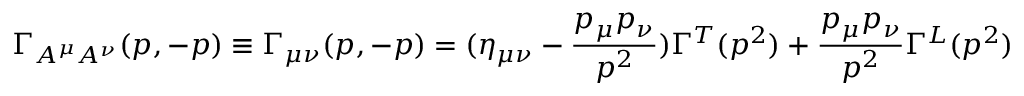
\Gamma _ { A ^ { \mu } A ^ { \nu } } ( p , - p ) \equiv \Gamma _ { \mu \nu } ( p , - p ) = ( \eta _ { \mu \nu } - \frac { p _ { \mu } p _ { \nu } } { p ^ { 2 } } ) \Gamma ^ { T } ( p ^ { 2 } ) + \frac { p _ { \mu } p _ { \nu } } { p ^ { 2 } } \Gamma ^ { L } ( p ^ { 2 } )